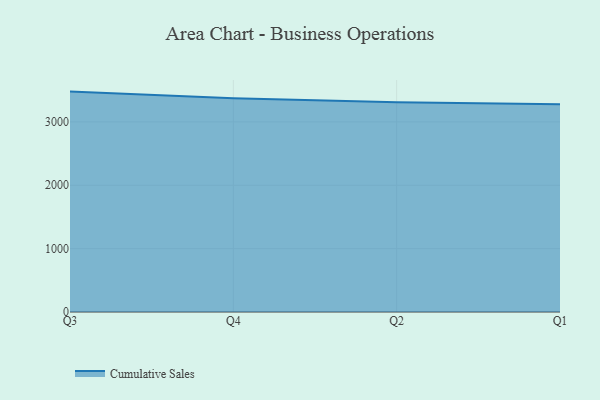
{"axis": {"x": "Quarter", "y": "Population (Million)"}, "legend": ["Cumulative Sales"], "data": [{"x": "Q3", "y": 3477.9, "type": "Cumulative Sales"}, {"x": "Q4", "y": 3372.1, "type": "Cumulative Sales"}, {"x": "Q2", "y": 3311.5, "type": "Cumulative Sales"}, {"x": "Q1", "y": 3279.5, "type": "Cumulative Sales"}]}